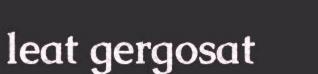
leat gergosat